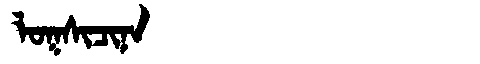
Manchu: ᠯᠣᡴᠰᡳᠴᡳᠨᠠ
Romanization: LOKSICINA